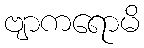
ဗျာကရောမိ